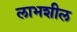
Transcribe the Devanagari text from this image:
लाभशील